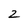
Character: 2